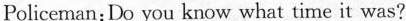
Policeman:Do you know what time it was?